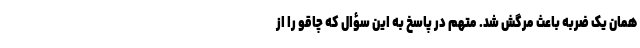
همان یک ضربه باعث مرگش شد. متهم در پاسخ به این سؤال که چاقو را از